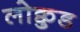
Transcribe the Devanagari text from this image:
लोक्वुड